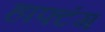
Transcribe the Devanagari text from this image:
हाफ्टंग